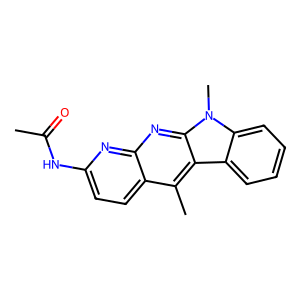
SMILES: CC(=O)Nc1ccc2c(C)c3c4ccccc4n(C)c3nc2n1
Inhibits HIV replication: No